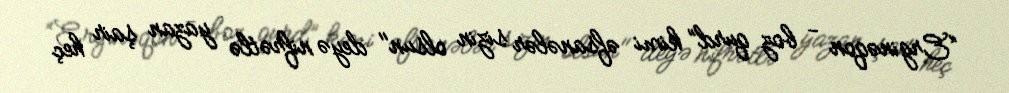
“Erginəqon - boz qurd” kimi əfsanələr sizin olsun" deyə nifrətlə yazan şair heç